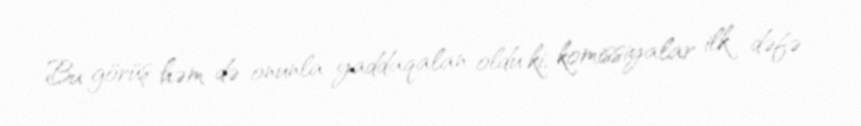
Bu görüş həm də onunla yaddaqalan oldu ki, komissiyalar ilk dəfə